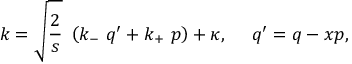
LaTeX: k = \sqrt { \frac { 2 } { s } } \ \left( k _ { - } \ q ^ { \prime } + k _ { + } \ p \right) + \kappa , \ \ \ \ q ^ { \prime } = q - x p ,